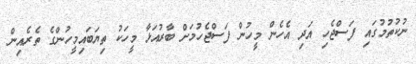
ނުކުތުމުގައި ފަސްޖެހި އަދި އެހެން މީހުން ފަސްޖެހުމަށް ބާރުއަޅާ މީހަކު ތިޔަބައިމީހުންގެ ތެރެއިން